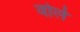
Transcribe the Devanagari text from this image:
वोर्ले